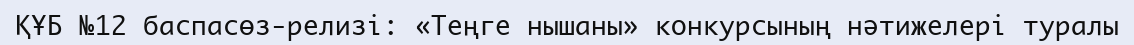
ҚҰБ №12 баспасөз-релизі: «Теңге нышаны» конкурсының нәтижелері туралы